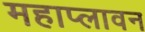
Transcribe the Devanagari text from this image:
महाप्लावन